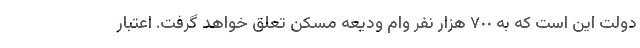
دولت این است که به ٧٠٠ هزار نفر وام ودیعه مسکن تعلق خواهد گرفت. اعتبار